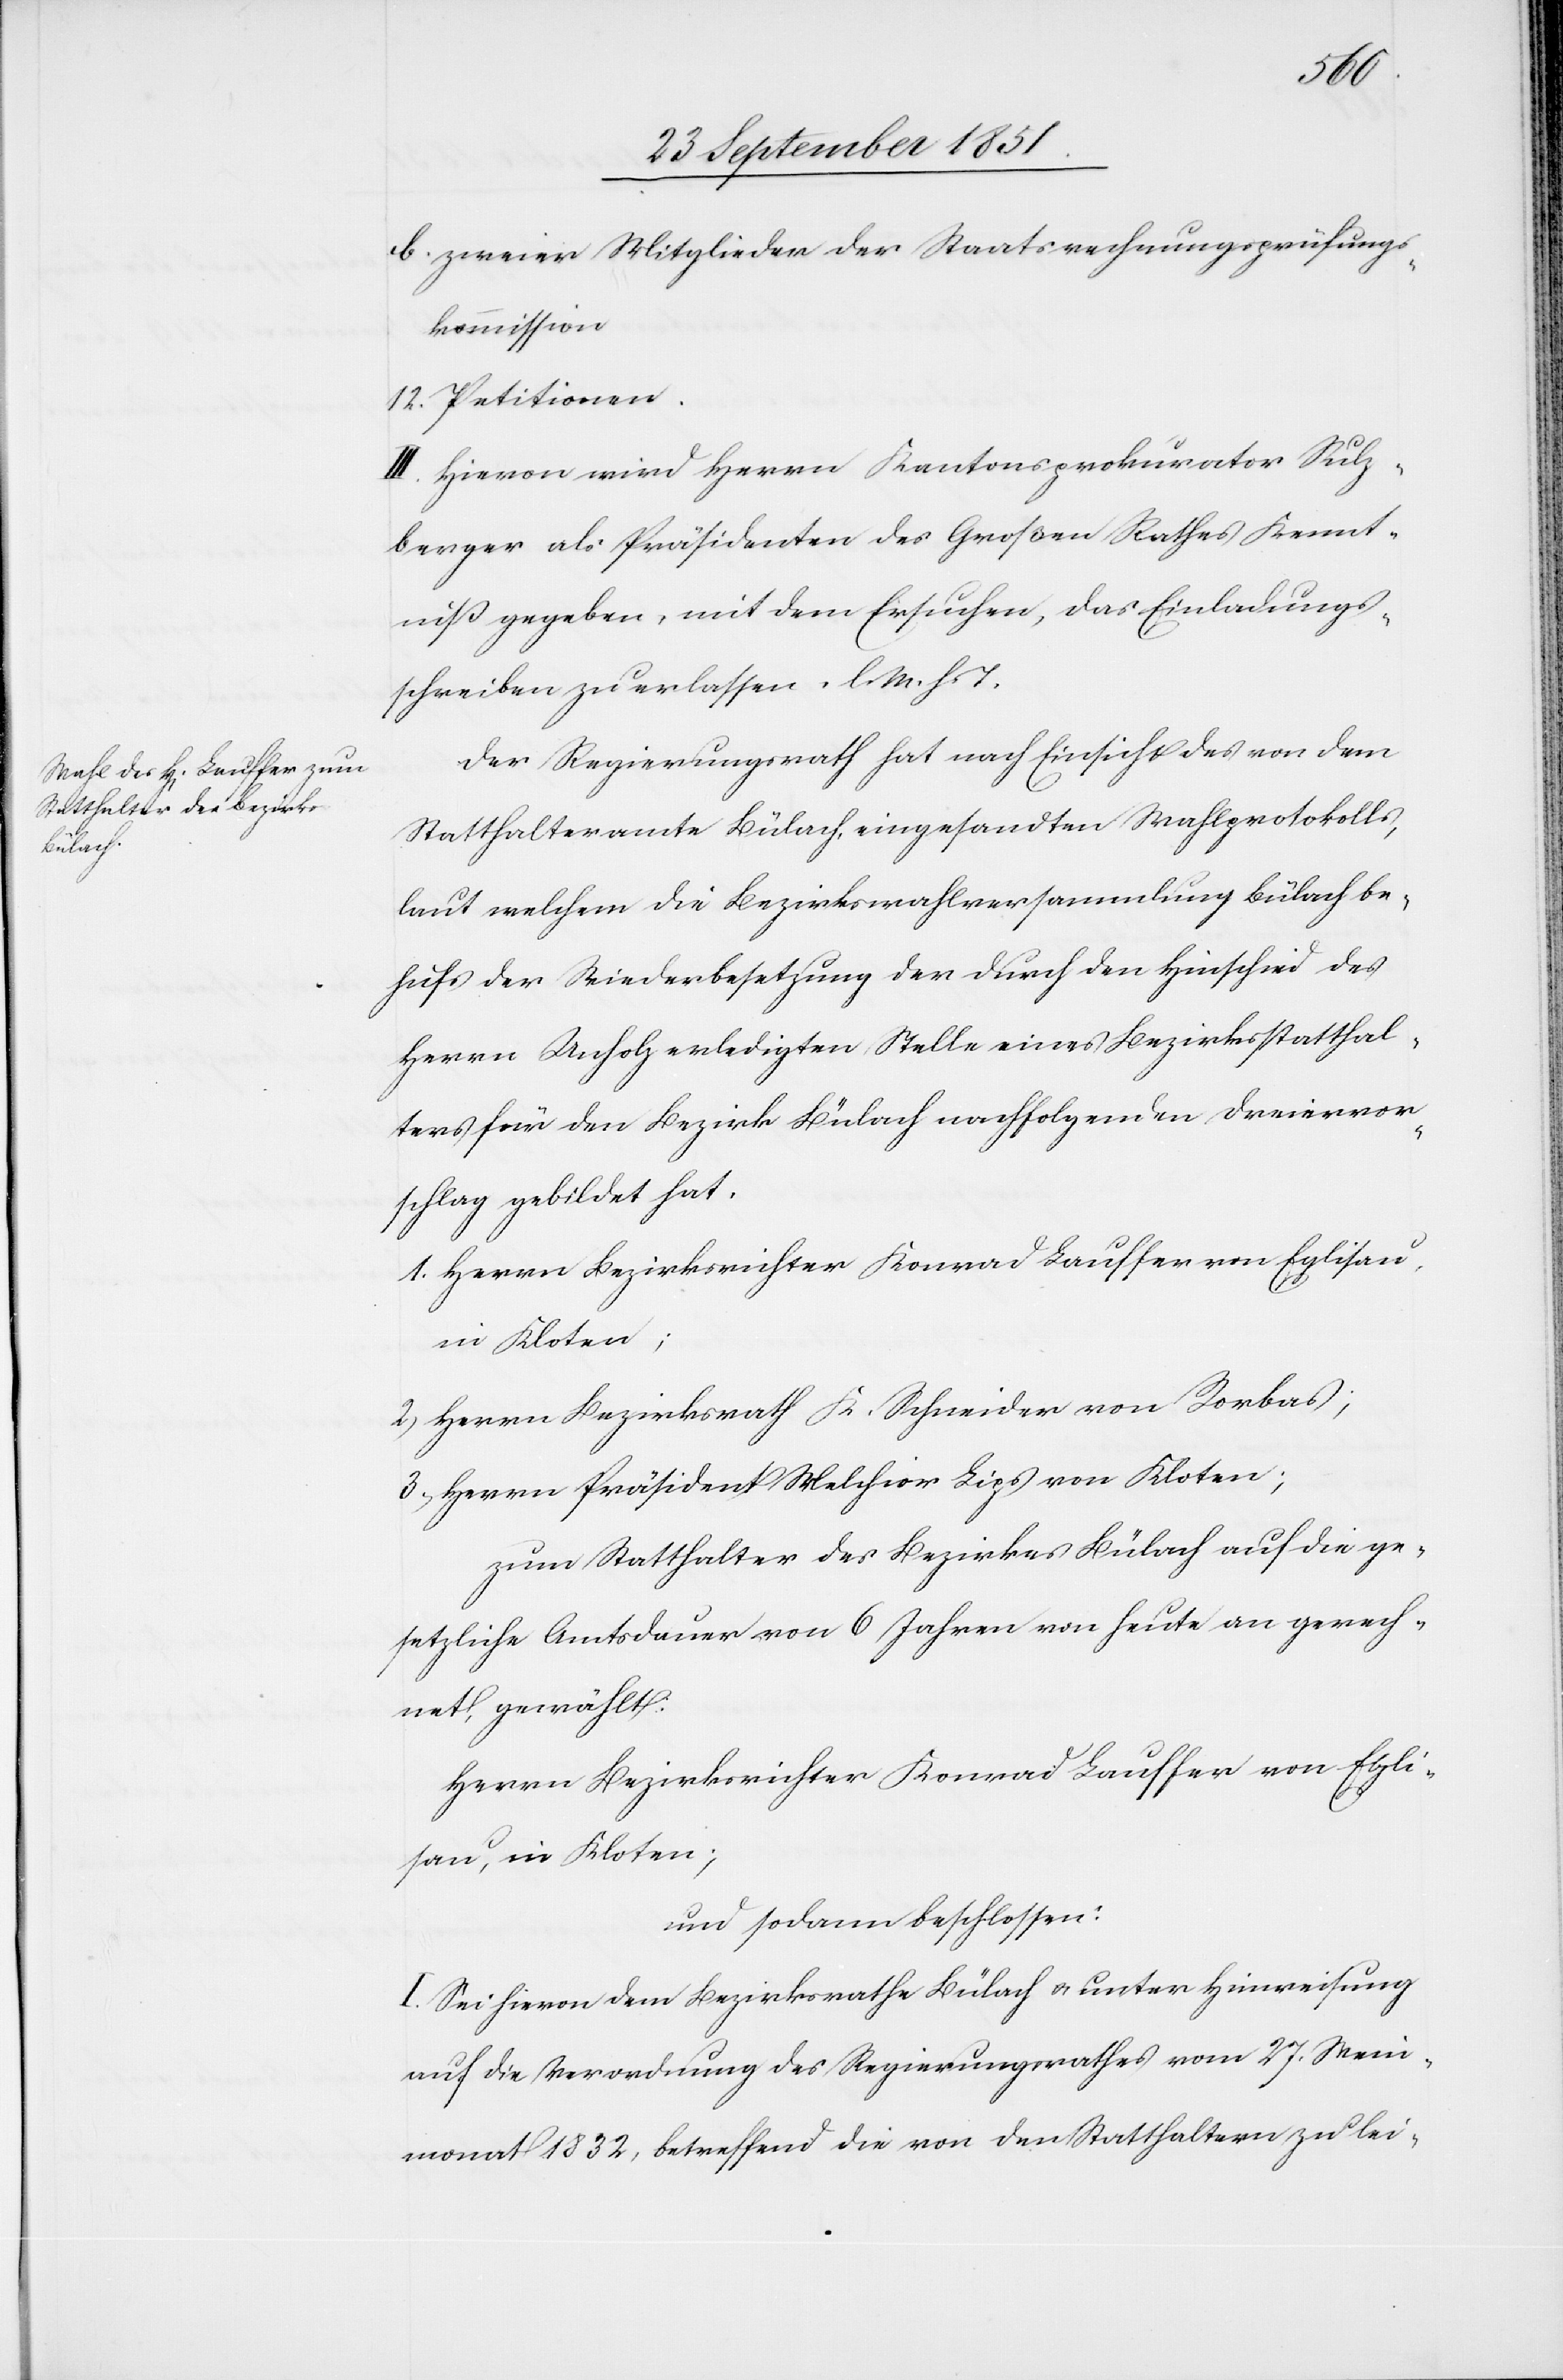
zweier Mitglieder der Staatsrechnungsprüfungs¬
kommission.
Petitionen.
III. Hievon wird Herrn Kantonsprokurator Sulz¬
berger als Präsidenten des Großen Rathes Kennt¬
niß gegeben, mit dem Ersuchen, das Einladungs¬
schreiben zu erlassen. l. M. h. T.
Der Regierungsrath hat nach Einsicht des von dem
Statthalteramte Bülach, eingesandten Wahlprotokolls,
laut welchem die Bezirkswahlversammlung Bülach be¬
hufs der Wiederbesetzung der durch den Hinschied des
Herrn Unholz erledigten Stelle eines Bezirksstatthal¬
ters für den Bezirk Bülach nachfolgenden Dreiervor¬
schlag gebildet hat,
Herrn Bezirksrath K. Schneider von Rorbas;
Herrn Präsident Melchior Lips von Kloten;
zum Statthalter des Bezirkes Bülach auf die ge¬
setzliche Amtsdauer von 6 Jahren von heute an gerech¬
net, gewählt:
Herrn Bezirksrichter Konrad Lauffer von Egli¬
sau, in Kloten;
und sodann beschlossen:
I. Sei hievon dem Bezirksrathe Bülach & unter Hinweisung
auf die Verordnung des Regierungsrathes vom 27. Wein¬
monat 1832, betreffend die von den Statthaltern zu lei-